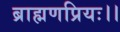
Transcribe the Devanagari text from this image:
ब्राह्मणप्रियः।।